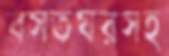
বসতঘরসহ